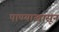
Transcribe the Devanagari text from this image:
पाण्याखासून